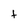
Character: f